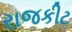
રાજકીટ